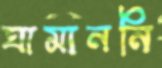
ঘামাননি